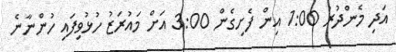
އަދި މެންދުރު 1:00 އިން ފެށިގެން 3:00 އަށް މައުރަޒު ހުޅުވިފައި ހުންނާނެ